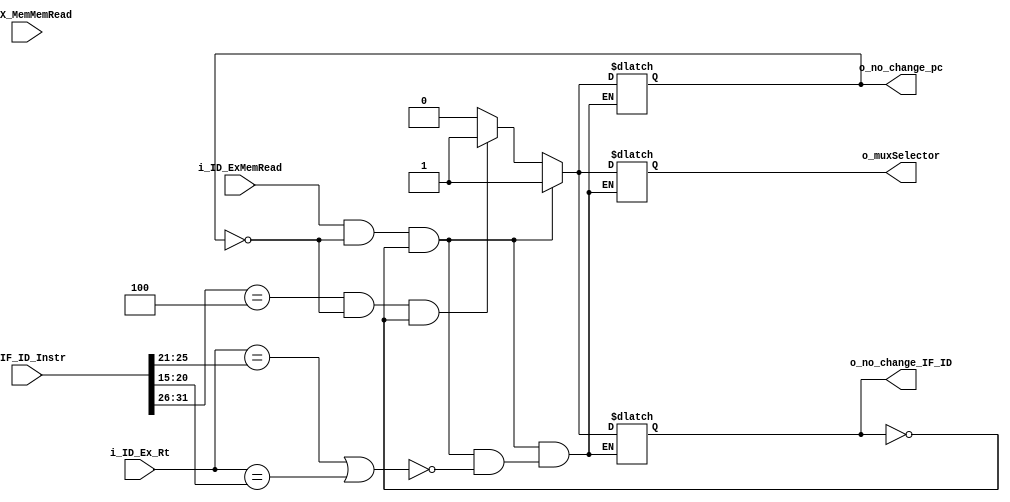
module HazardDetectionUnit(i_ID_ExMemRead,i_EX_MemMemRead,i_ID_Ex_Rt,i_IF_ID_Instr,
								o_no_change_pc,o_no_change_IF_ID,o_muxSelector);

input i_ID_ExMemRead,i_EX_MemMemRead;
input [4:0] i_ID_Ex_Rt;
input [31:0] i_IF_ID_Instr;
output reg o_no_change_pc, o_no_change_IF_ID, o_muxSelector;

parameter beqOPcode=6'b000100;

always@(*)
 begin
	if (i_ID_ExMemRead && (o_no_change_pc == 1'b0) && (o_no_change_IF_ID == 1'b0))
	  begin
		 if(i_ID_Ex_Rt==i_IF_ID_Instr[25:21] || i_ID_Ex_Rt==i_IF_ID_Instr[20:15] )
			begin
			  o_no_change_pc=1;
			  o_no_change_IF_ID=1;
			  o_muxSelector=1;
			end
	  end
	else if((i_IF_ID_Instr [31:26]==beqOPcode) && (o_no_change_pc == 1'b0) && (o_no_change_IF_ID == 1'b0))
	  begin
		 o_no_change_pc=1;
		 o_no_change_IF_ID=1;
		 o_muxSelector=1;
	  end
		 
	else
	  begin
		 o_no_change_pc=0;
		 o_no_change_IF_ID=0;
		 o_muxSelector=0;     
	  end    
	
 end


endmodule